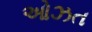
ઓઝત